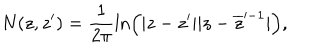
LaTeX: N ( z , z ^ { \prime } ) = \frac { 1 } { 2 \pi } \ln \left( | z - z ^ { \prime } | | z - \overline { { { z } } } ^ { - 1 } | \right) ,